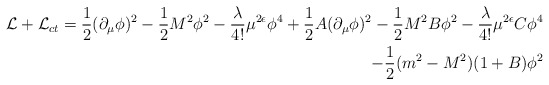
\begin{align*}{\cal L} + {\cal L}_{ct} = {1\over 2}(\partial_{\mu}\phi)^2 - {1\over 2} M^2\phi^2 - {\lambda\over 4!} \mu^{2\epsilon}\phi^4 + {1\over 2} A (\partial_{\mu}\phi)^2 -{1\over 2} M^2 B\phi^2 - {\lambda\over 4!}\mu^{2\epsilon} C\phi^4 \\ -{1\over 2}(m^2 - M^2) (1+B)\phi^2 \end{align*}